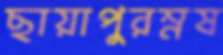
ছায়াপুরম্নষ